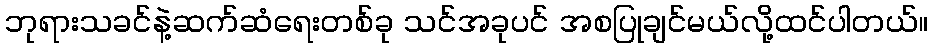
ဘုရားသခင်နဲ့ဆက်ဆံရေးတစ်ခု သင်အခုပင် အစပြုချင်မယ်လို့ထင်ပါတယ်။